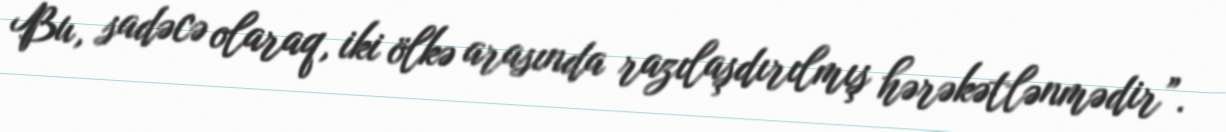
Bu, sadəcə olaraq, iki ölkə arasında razılaşdırılmış hərəkətlənmədir”.